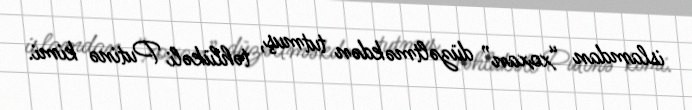
islamdan “xoxan” düzəltməkdən tutmuş, təhlükəli Putinə kimi.